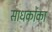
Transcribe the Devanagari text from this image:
साधकोंका